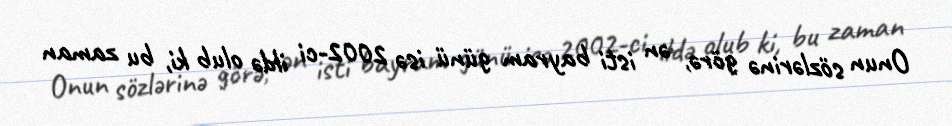
Onun sözlərinə görə, ən isti bayram günü isə 2002-ci ildə olub ki, bu zaman